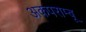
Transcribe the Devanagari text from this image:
अकपराम्बू